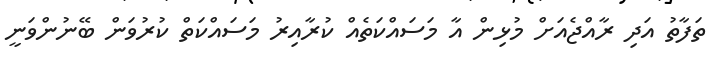
ތަފާތު އަދި ރާއްޖެއަށް މުޅިން އާ މަސައްކަތެއް ކުރާއިރު މަސައްކަތް ކުރުވަން ބޭނުންވަނީ